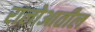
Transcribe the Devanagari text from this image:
रालोआतील